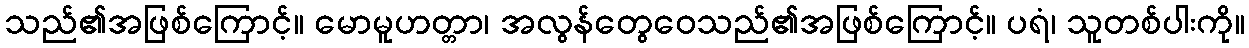
သည်၏အဖြစ်ကြောင့်။ မောမူဟတ္တာ၊ အလွန်တွေဝေသည်၏အဖြစ်ကြောင့်။ ပရံ၊ သူတစ်ပါးကို။